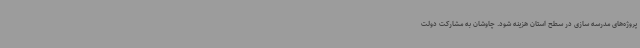
پروژه‌های مدرسه سازی در سطح استان هزینه شود. چاوشان به مشارکت دولت